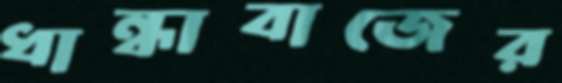
ধান্ধাবাজের